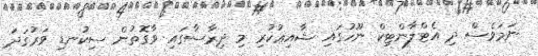
ނަމަވެސް ދި އެޓްލާންޓިކް ނޫހުގައި ޝާއިޢުކުރި މި ދިރާސާގައި ވާގޮތުން ސިކުނޑި ވަރުގަދަ